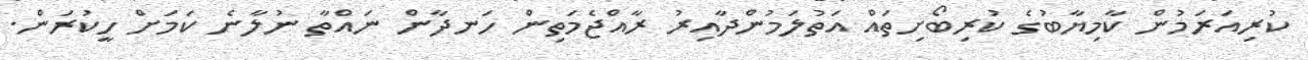
ކުރިއަރަމުން ކާމިޔާބުގެ ކުރިބޯށިތައް އަތުލަމުންދާއިރު ރާއްޖެމަތިން ހަނދާން ނައްތާ ނުލާނެ ކަމަށް ހީކުރަން.